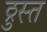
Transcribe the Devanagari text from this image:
ठ्रुस्त